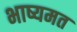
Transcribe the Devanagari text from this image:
भाष्यमत